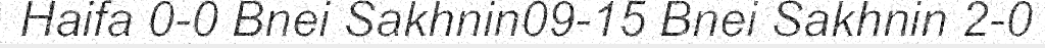
Haifa 0-0 Bnei Sakhnin09-15 Bnei Sakhnin 2-0